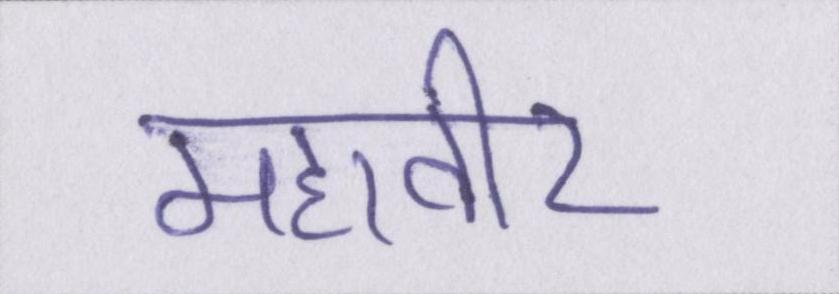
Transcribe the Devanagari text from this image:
महावीर